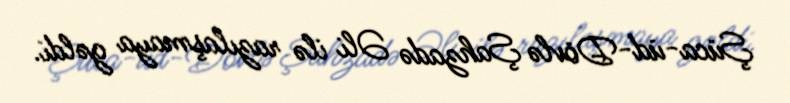
Şüca-üd-Dövlə Şahzadə Əli ilə razılaşmaya gəldi.